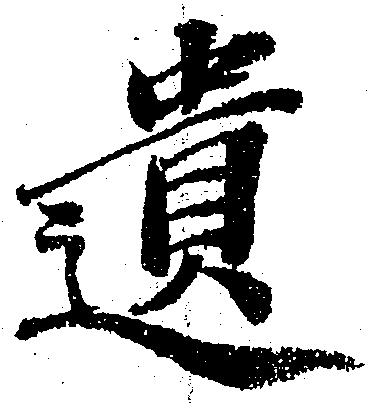
遺